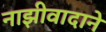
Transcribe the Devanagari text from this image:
नाझीवादाने